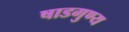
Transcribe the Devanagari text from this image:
षाडगुण्य